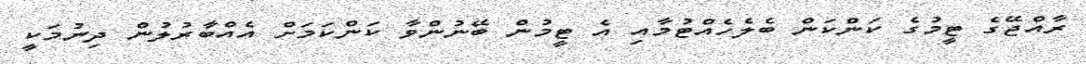
ރާއްޖޭގެ ޓީމުގެ ކަންކަން ބެލެހެއްޓުމާއި އެ ޓީމުން ބޭނުންވާ ކަންކަމަށް އެއްބާރުލުން ދިނުމަކީ